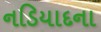
નડિયાદના